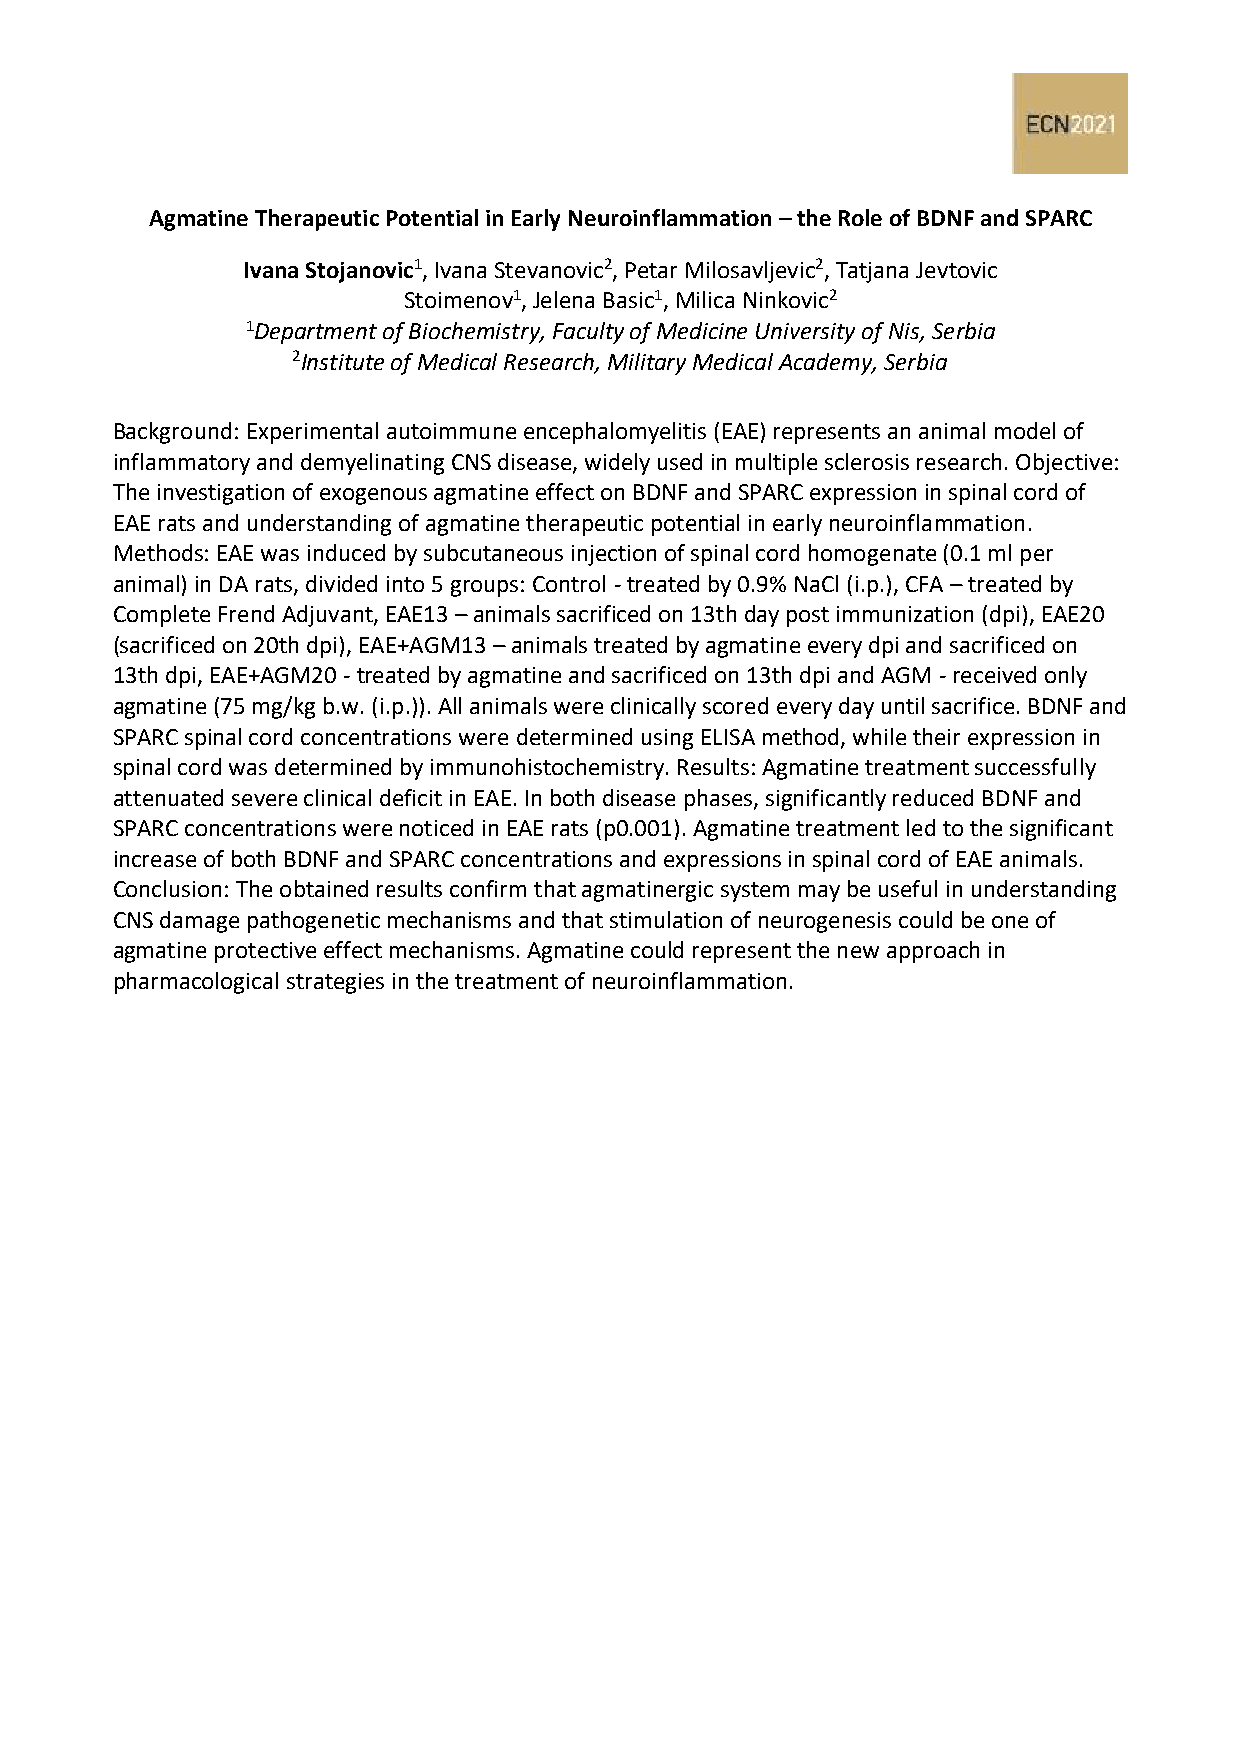
Agmatine Therapeutic Potential in Early Neuroinflammation – the Role of BDNF and SPARC
 Ivana Stojanovic1, Ivana Stevanovic2, Petar Milosavljevic2, Tatjana Jevtovic
 Stoimenov1, Jelena Basic1, Milica Ninkovic2
 1Department of Biochemistry, Faculty of Medicine University of Nis, Serbia
 2Institute of Medical Research, Military Medical Academy, Serbia
 Background: Experimental autoimmune encephalomyelitis (EAE) represents an animal model of
 inflammatory and demyelinating CNS disease, widely used in multiple sclerosis research. Objective:
 The investigation of exogenous agmatine effect on BDNF and SPARC expression in spinal cord of
 EAE rats and understanding of agmatine therapeutic potential in early neuroinflammation.
 Methods: EAE was induced by subcutaneous injection of spinal cord homogenate (0.1 ml per
 animal) in DA rats, divided into 5 groups: Control - treated by 0.9% NaCl (i.p.), CFA – treated by
 Complete Frend Adjuvant, EAE13 – animals sacrificed on 13th day post immunization (dpi), EAE20
 (sacrificed on 20th dpi), EAE+AGM13 – animals treated by agmatine every dpi and sacrificed on
 13th dpi, EAE+AGM20 - treated by agmatine and sacrificed on 13th dpi and AGM - received only
 agmatine (75 mg/kg b.w. (i.p.)). All animals were clinically scored every day until sacrifice. BDNF and
 SPARC spinal cord concentrations were determined using ELISA method, while their expression in
 spinal cord was determined by immunohistochemistry. Results: Agmatine treatment successfully
 attenuated severe clinical deficit in EAE. In both disease phases, significantly reduced BDNF and
 SPARC concentrations were noticed in EAE rats (p0.001). Agmatine treatment led to the significant
 increase of both BDNF and SPARC concentrations and expressions in spinal cord of EAE animals.
 Conclusion: The obtained results confirm that agmatinergic system may be useful in understanding
 CNS damage pathogenetic mechanisms and that stimulation of neurogenesis could be one of
 agmatine protective effect mechanisms. Agmatine could represent the new approach in
 pharmacological strategies in the treatment of neuroinflammation.